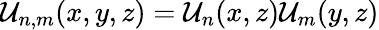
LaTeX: \mathcal{U}_{n,m}(x,y,z)=\mathcal{U}_{n}(x,z)\mathcal{U}_{m}(y,z)